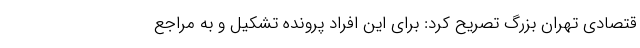
قتصادی تهران بزرگ تصریح کرد: برای این افراد پرونده تشکیل و به مراجع